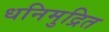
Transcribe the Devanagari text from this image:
धनिमुद्रित